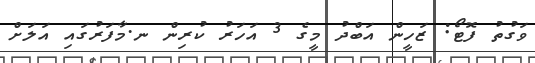
ވަގުތު ފޮޓޯ: ޒަހީން އަބްދު މީގެ 3 އަހަރު ކުރިން ނ.މާފަރުގައި އަލަށް